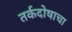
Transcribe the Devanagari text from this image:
तर्कदोषाचा